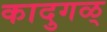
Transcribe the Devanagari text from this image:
कादुगळ्